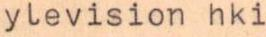
ylevision hki